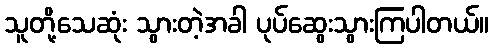
သူတို့သေဆုံး သွားတဲ့အခါ ပုပ်ဆွေးသွားကြပါတယ်။